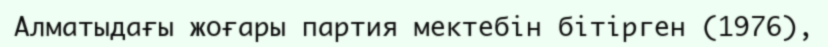
Алматыдағы жоғары партия мектебін бітірген (1976),